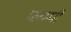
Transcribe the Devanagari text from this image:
प्लम्पी